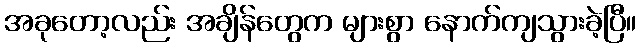
အခုတော့လည်း အချိန်တွေက များစွာ နောက်ကျသွားခဲ့ပြီ။